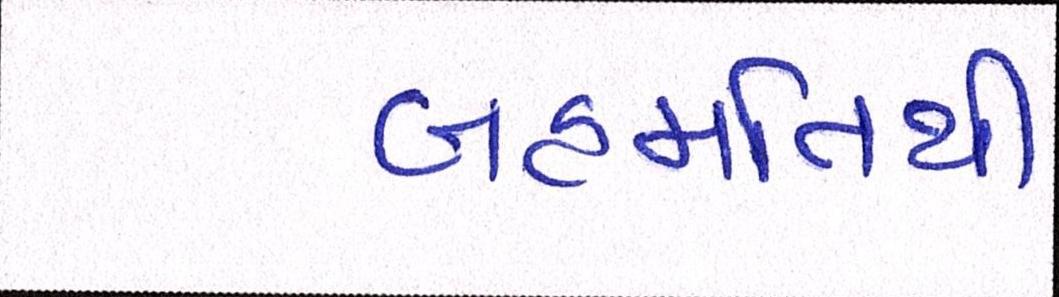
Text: બહમતિથી